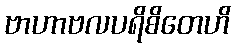
ဗာဟာဗလပရိစိတေဟိ